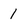
Character: 1